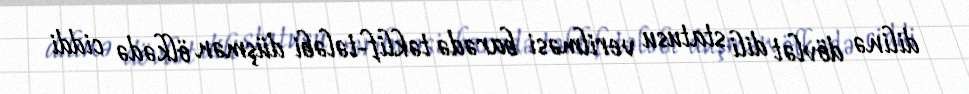
dilinə dövlət dili statusu verilməsi barədə təklif-tələbi düşmən ölkədə ciddi